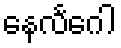
နေလင်္ဂေါ